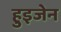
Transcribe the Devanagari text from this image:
हुइजेन